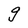
Character: g